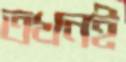
তখনই